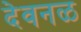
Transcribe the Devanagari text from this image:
देवनळ